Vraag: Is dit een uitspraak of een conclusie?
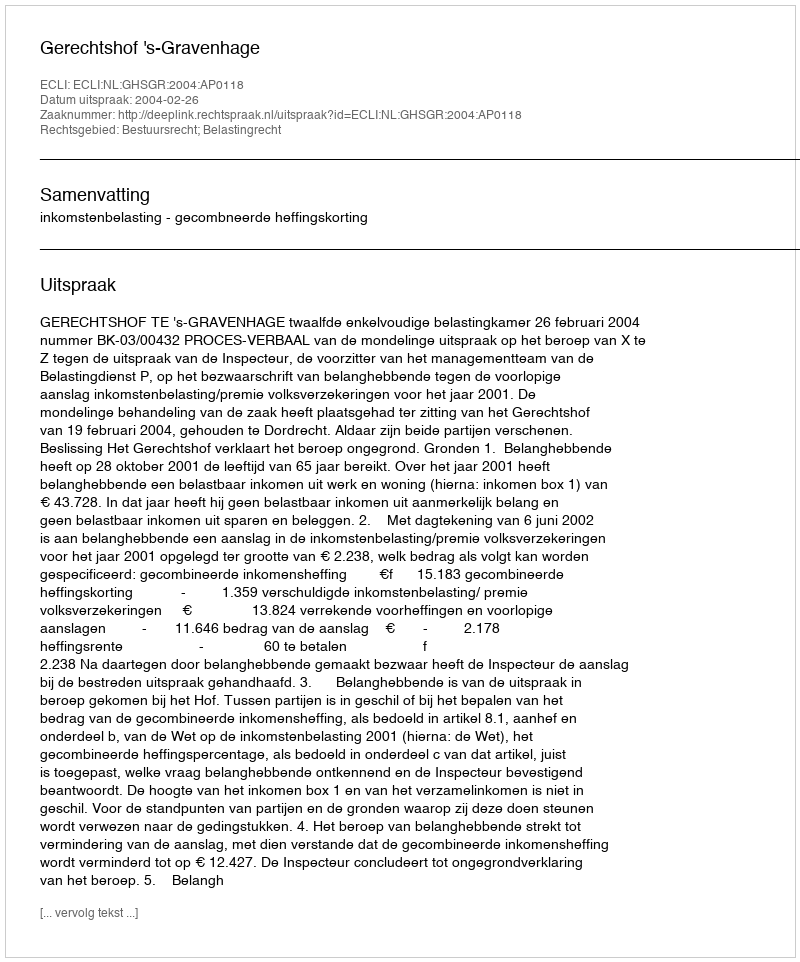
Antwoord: Uitspraak